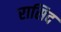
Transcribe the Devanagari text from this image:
रासिद